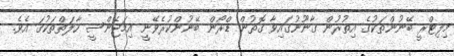
މިލިޓްރީ ބޭނުންތަކުގެ އިތުރުން ގާނޫނުގައިވާ ގޮތުން ޑްރޯން ބޭނުންކުރެވޭނީ އިމަޖެންސީ ހާލަތްތަކުގަ އެވެ.